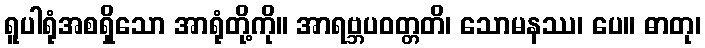
ရူပါရုံအစရှိသော အာရုံတို့ကို။ အာရဗ္ဘပဝတ္တတိ၊ သောမနဿ၊ ပေ။ ဓာတု၊